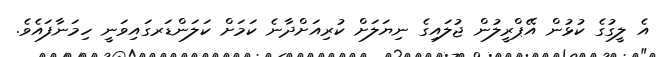
އެ ލީގުގެ ކުޅުން އޭޕްރީލުން ޖުލައިގެ ނިޔަލަށް ކުރިއަށްދާނެ ކަމަށް ކަލަންޑަރގައިވަނީ ހިމަނާފައެވެ.